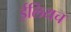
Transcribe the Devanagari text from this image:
ईलियच